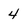
Character: 4